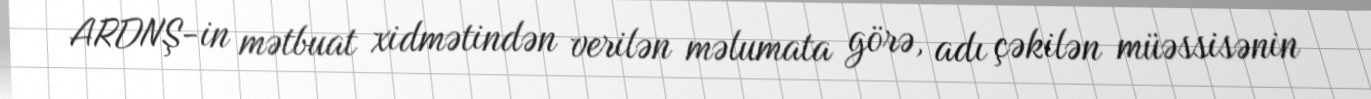
ARDNŞ-in mətbuat xidmətindən verilən məlumata görə, adı çəkilən müəssisənin